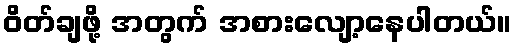
ဝိတ်ချဖို့ အတွက် အစားလျော့နေပါတယ်။